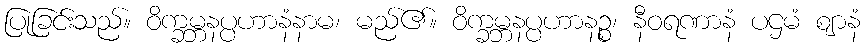
ပြုခြင်းသည်။ ဝိက္ခမ္ဘနပ္ပဟာနံနာမ၊ မည်၏။ ဝိက္ခမ္ဘနပ္ပဟာနဉ္စ၊ နီဝရဏာနံ ပဌမံ ဈာနံ